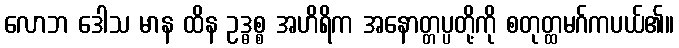
လောဘ ဒေါသ မာန ထိန ဥဒ္ဓစ္စ အဟိရိက အနောတ္တပ္ပတို့ကို စတုတ္ထမဂ်ကပယ်၏။